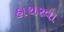
હાથરવા